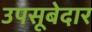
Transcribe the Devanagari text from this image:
उपसूबेदार